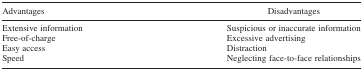
<table><thead><tr><td><b>Advantages</b></td><td><b>Disadvantages</b></td></tr></thead><tbody><tr><td>Extensive information</td><td>Suspicious or inaccurate information</td></tr><tr><td>Free-of-charge</td><td>Excessive advertising</td></tr><tr><td>Easy access</td><td>Distraction</td></tr><tr><td>Speed</td><td>Neglecting face-to-face relationships</td></tr></tbody></table>